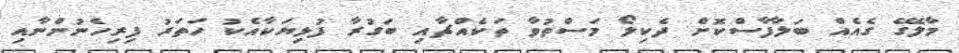
މާލޭގެ ގެއެއް ބަލާފާސްކޮށް ދެކިލޯ މަސްތުވާ ތަކެއްޗާއި ބަގުރާ ފުޅިޔަކާއެކު ހަތަރު ފިރިހެނުންނާއި